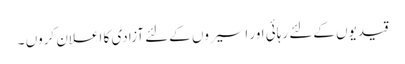
قیدیوں کےلئے رہائی اور اسیروں کےلئے آزادی کا اعلان کروں ۔